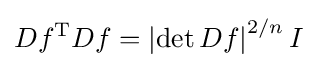
Df^{\mathrm {T} }Df=\left|\det Df\right|^{2/n}I